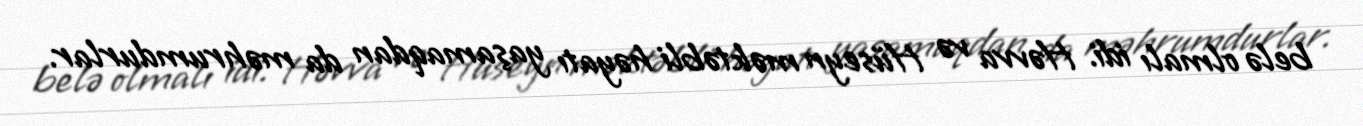
belə olmalı idi. Həvva və Hüseyn məktəbli həyatı yaşamaqdan da məhrumdurlar.